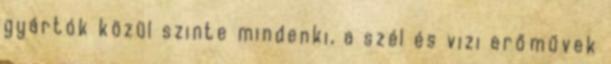
gyártók közül szinte mindenki, a szél és vizi erőművek